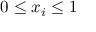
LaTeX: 0 \leq x _ { i } \leq 1